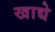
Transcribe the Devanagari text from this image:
खाद्ये